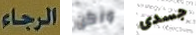
الرجاء ولكن جسدى